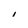
Character: i